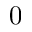
0